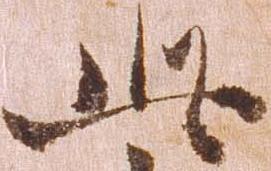
此